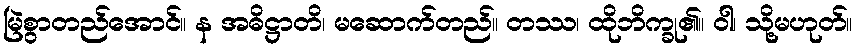
မြဲစွာတည်အောင်။ န အဓိဋ္ဌာတိ၊ မဆောက်တည်။ တဿ၊ ထိုဘိက္ခု၏။ ဝါ၊ သို့မဟုတ်။